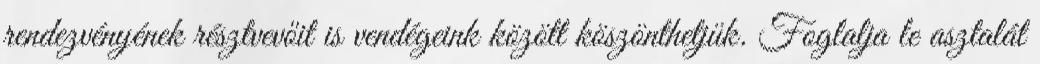
rendezvényének résztvevőit is vendégeink között köszönthetjük. Foglalja le asztalát